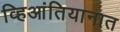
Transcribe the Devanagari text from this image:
व्हिआंतियानात